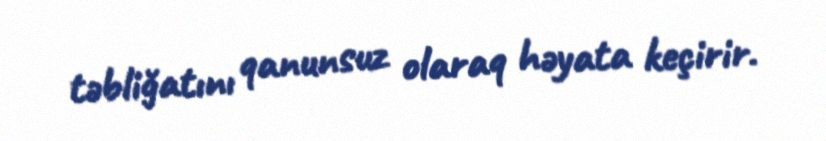
təbliğatını qanunsuz olaraq həyata keçirir.